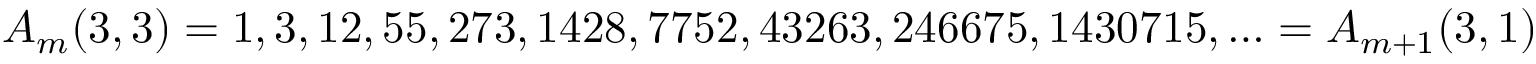
A _ { m } ( 3 , 3 ) = 1 , 3 , 1 2 , 5 5 , 2 7 3 , 1 4 2 8 , 7 7 5 2 , 4 3 2 6 3 , 2 4 6 6 7 5 , 1 4 3 0 7 1 5 , \ldots = A _ { m + 1 } ( 3 , 1 )